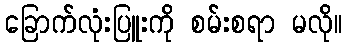
ခြောက်လုံးပြူးကို စမ်းစရာ မလို။